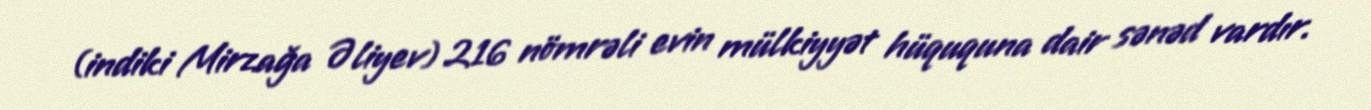
(indiki Mirzağa Əliyev) 216 nömrəli evin mülkiyyət hüququna dair sənəd vardır.